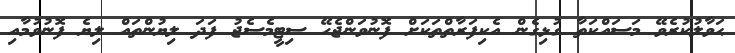
ޙަވާލުކުރެވޭ މަސައްކަތާ ގުޅިގެން އެކިފަރާތްތަކަށް ފޮނުވަންޖެހޭ ސިޓީމެސެޖު ފަދަ ލިޔުންތައް ލިޔެ ފޮނުވުމާއި